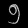
Digit: ၅